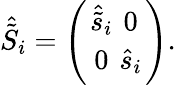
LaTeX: {\hat{\tilde{S}}}_{i}=\left({{\hat{\tilde{s}}_{i}}\atop 0}{0\atop{{\hat{s}}_{i}}}\right).